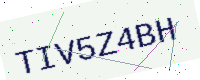
Text: TIV5Z4BH